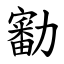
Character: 㔤